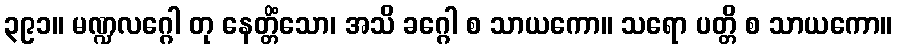
၃၉၁။ မဏ္ဍလဂ္ဂေါ တု နေတ္တိံသော၊ အသိ ခဂ္ဂေါ စ သာယကော။ သရော ပတ္တိ စ သာယကော။